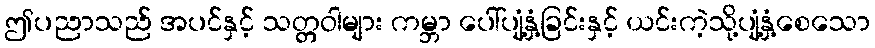
ဤပညာသည် အပင်နှင့် သတ္တဝါများ ကမ္ဘာ ပေါ်ပျံ့နှံ့ခြင်းနှင့် ယင်းကဲ့သို့ပျံ့နှံ့စေသော